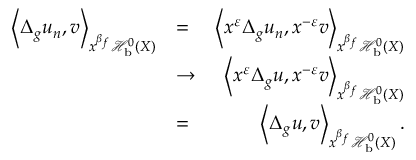
\begin{array} { r l r } { \left< \Delta _ { g } u _ { n } , v \right> _ { x ^ { \beta _ { f } } \mathcal H _ { \mathrm { b } } ^ { 0 } ( X ) } } & { = } & { \left< x ^ { \varepsilon } \Delta _ { g } u _ { n } , x ^ { - \varepsilon } v \right> _ { x ^ { \beta _ { f } } \mathcal H _ { \mathrm { b } } ^ { 0 } ( X ) } } \\ & { \to } & { \left< x ^ { \varepsilon } \Delta _ { g } u , x ^ { - \varepsilon } v \right> _ { x ^ { \beta _ { f } } \mathcal H _ { \mathrm { b } } ^ { 0 } ( X ) } } \\ & { = } & { \left< \Delta _ { g } u , v \right> _ { x ^ { \beta _ { f } } \mathcal H _ { \mathrm { b } } ^ { 0 } ( X ) } . } \end{array}